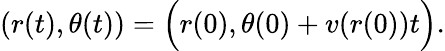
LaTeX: (r(t),\theta(t))=\Big(r(0),\theta(0)+v(r(0))t\Big).